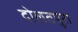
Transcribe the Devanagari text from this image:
दोलतपुरा